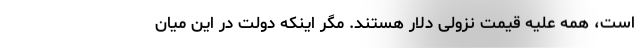
است،‌ همه علیه قیمت نزولی دلار هستند. مگر اینکه دولت در این میان